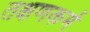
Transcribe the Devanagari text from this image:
तक्षणकर्म